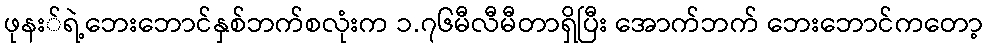
ဖုနး်ရဲ့ဘေးဘောင်နှစ်ဘက်စလုံးက ၁.၇၆မီလီမီတာရှိပြီး အောက်ဘက် ဘေးဘောင်ကတော့